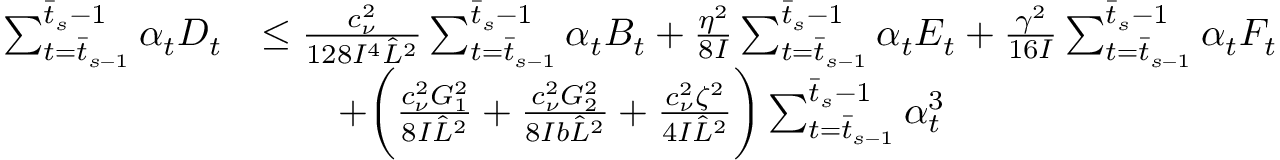
\begin{array} { r l } { \sum _ { t = \bar { t } _ { s - 1 } } ^ { \bar { t } _ { s } - 1 } \alpha _ { t } D _ { t } } & { \leq \frac { c _ { \nu } ^ { 2 } } { 1 2 8 I ^ { 4 } \hat { L } ^ { 2 } } \sum _ { t = \bar { t } _ { s - 1 } } ^ { \bar { t } _ { s } - 1 } \alpha _ { t } B _ { t } + \frac { \eta ^ { 2 } } { 8 I } \sum _ { t = \bar { t } _ { s - 1 } } ^ { \bar { t } _ { s } - 1 } \alpha _ { t } E _ { t } + \frac { \gamma ^ { 2 } } { 1 6 I } \sum _ { t = \bar { t } _ { s - 1 } } ^ { \bar { t } _ { s } - 1 } \alpha _ { t } F _ { t } } \\ & { \qquad + \bigg ( \frac { c _ { \nu } ^ { 2 } G _ { 1 } ^ { 2 } } { 8 I \hat { L } ^ { 2 } } + \frac { c _ { \nu } ^ { 2 } G _ { 2 } ^ { 2 } } { 8 I b \hat { L } ^ { 2 } } + \frac { c _ { \nu } ^ { 2 } \zeta ^ { 2 } } { 4 I \hat { L } ^ { 2 } } \bigg ) \sum _ { t = \bar { t } _ { s - 1 } } ^ { \bar { t } _ { s } - 1 } \alpha _ { t } ^ { 3 } } \end{array}